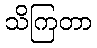
သိကြတာ